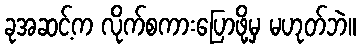
ခုအဆင့်က လိုက်စကားပြောဖို့မှ မဟုတ်ဘဲ။